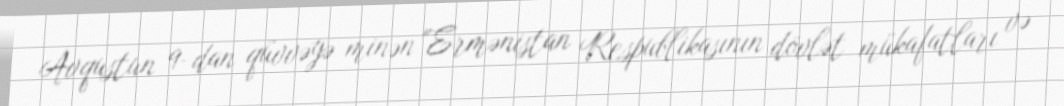
Avqustun 9-dan qüvvəyə minən "Ermənistan Respublikasının dövlət mükafatları və